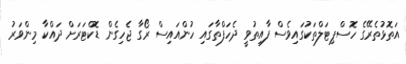
އަތޮޅުތެރޭގެ ހޮސްޕިޓަލްތަކުގައިވެސް ފާއިތުވީ ދެހަފްތާގައި ހުންއައިސް ރޯގާ ޖެހިގެން ޑޮކްޓަރަށް ދައްކާ މިންވަރު